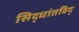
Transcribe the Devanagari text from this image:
सिद्धांतविद्